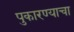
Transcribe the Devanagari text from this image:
पुकारण्याचा